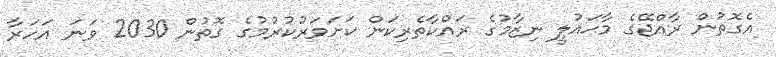
އެގޮތުން ރާއްޖޭގެ މާޙައުލީ ނިޒާމުގެ ރައްކާތެރިކަން ކަށަވަރުކުރުމުގެ ގޮތުން 2030 ވަނަ އަހަރާ